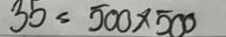
35 = 500 x 500